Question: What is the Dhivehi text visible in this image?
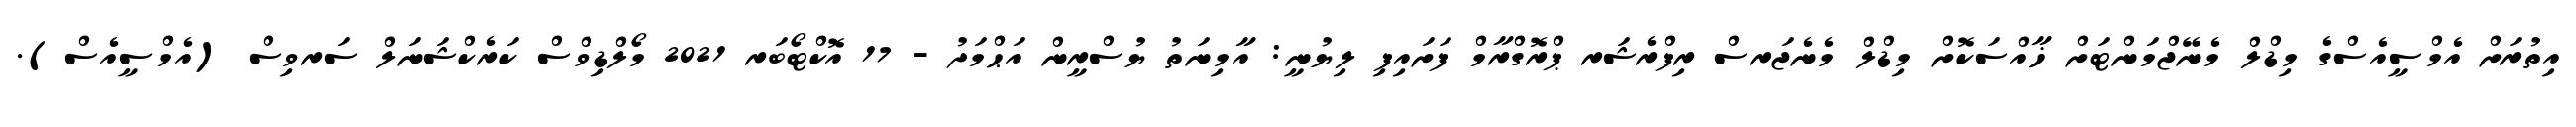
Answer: އިތުރަށް އެމްސީއެސްގެ މިޑްލް މެނޭޖްމަންޓަށް ޚާއްސަކޮށް މިޑްލް މެނެޖަރސް ރިފްރެޝަރ ޕްރޮގްރާމް ފަށައިފި ލިޔުނީ: އާމިނަތު ޔުސްރީން އަޙްމަދު - 17 އޮކްޓޯބަރ 2021 މޯލްޑިވްސް ކަރެކްޝަނަލް ސަރވިސް (އެމްސީއެސް).